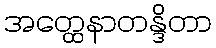
အတ္ထေနာတန္ဒိတာ